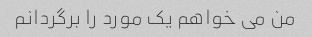
من می خواهم یک مورد را برگردانم